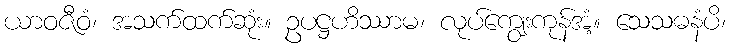
ယာဝဇီဝံ၊ အသက်ထက်ဆုံး။ ဥပဋ္ဌဟိဿာမ၊ လုပ်ကျွေးကုန်အံ့။ သေသဓနံပိ၊